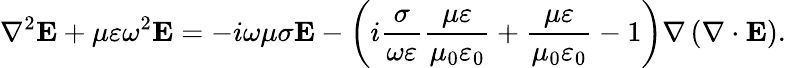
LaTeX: \nabla^{2}\mathbf{E}+\mu\varepsilon\omega^{2}\mathbf{E}=-i\omega\mu\sigma\mathbf{E}-\left(i\frac{\sigma}{\omega\varepsilon}\frac{\mu\varepsilon}{\mu_{0}\varepsilon_{0}}+\frac{\mu\varepsilon}{\mu_{0}\varepsilon_{0}}-1\right)\nabla\left(\nabla\cdot\mathbf{E}\right).